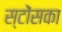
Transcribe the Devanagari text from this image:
स्टोंसका